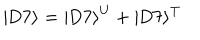
| \mathrm { D } 7 \rangle = | \mathrm { D } 7 \rangle ^ { \mathrm { U } } + | \mathrm { D } 7 \rangle ^ { \mathrm { T } }